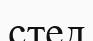
стед